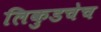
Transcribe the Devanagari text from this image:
लिकुडचेच